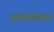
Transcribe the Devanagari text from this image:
क्रायोस्फेयर